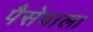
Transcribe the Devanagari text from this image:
पैसेवाला